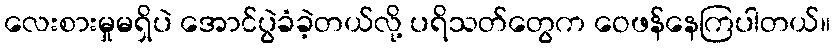
လေးစားမှုမရှိပဲ အောင်ပွဲခံခဲ့တယ်လို့ ပရိသတ်တွေက ဝေဖန်နေကြပါတယ်။